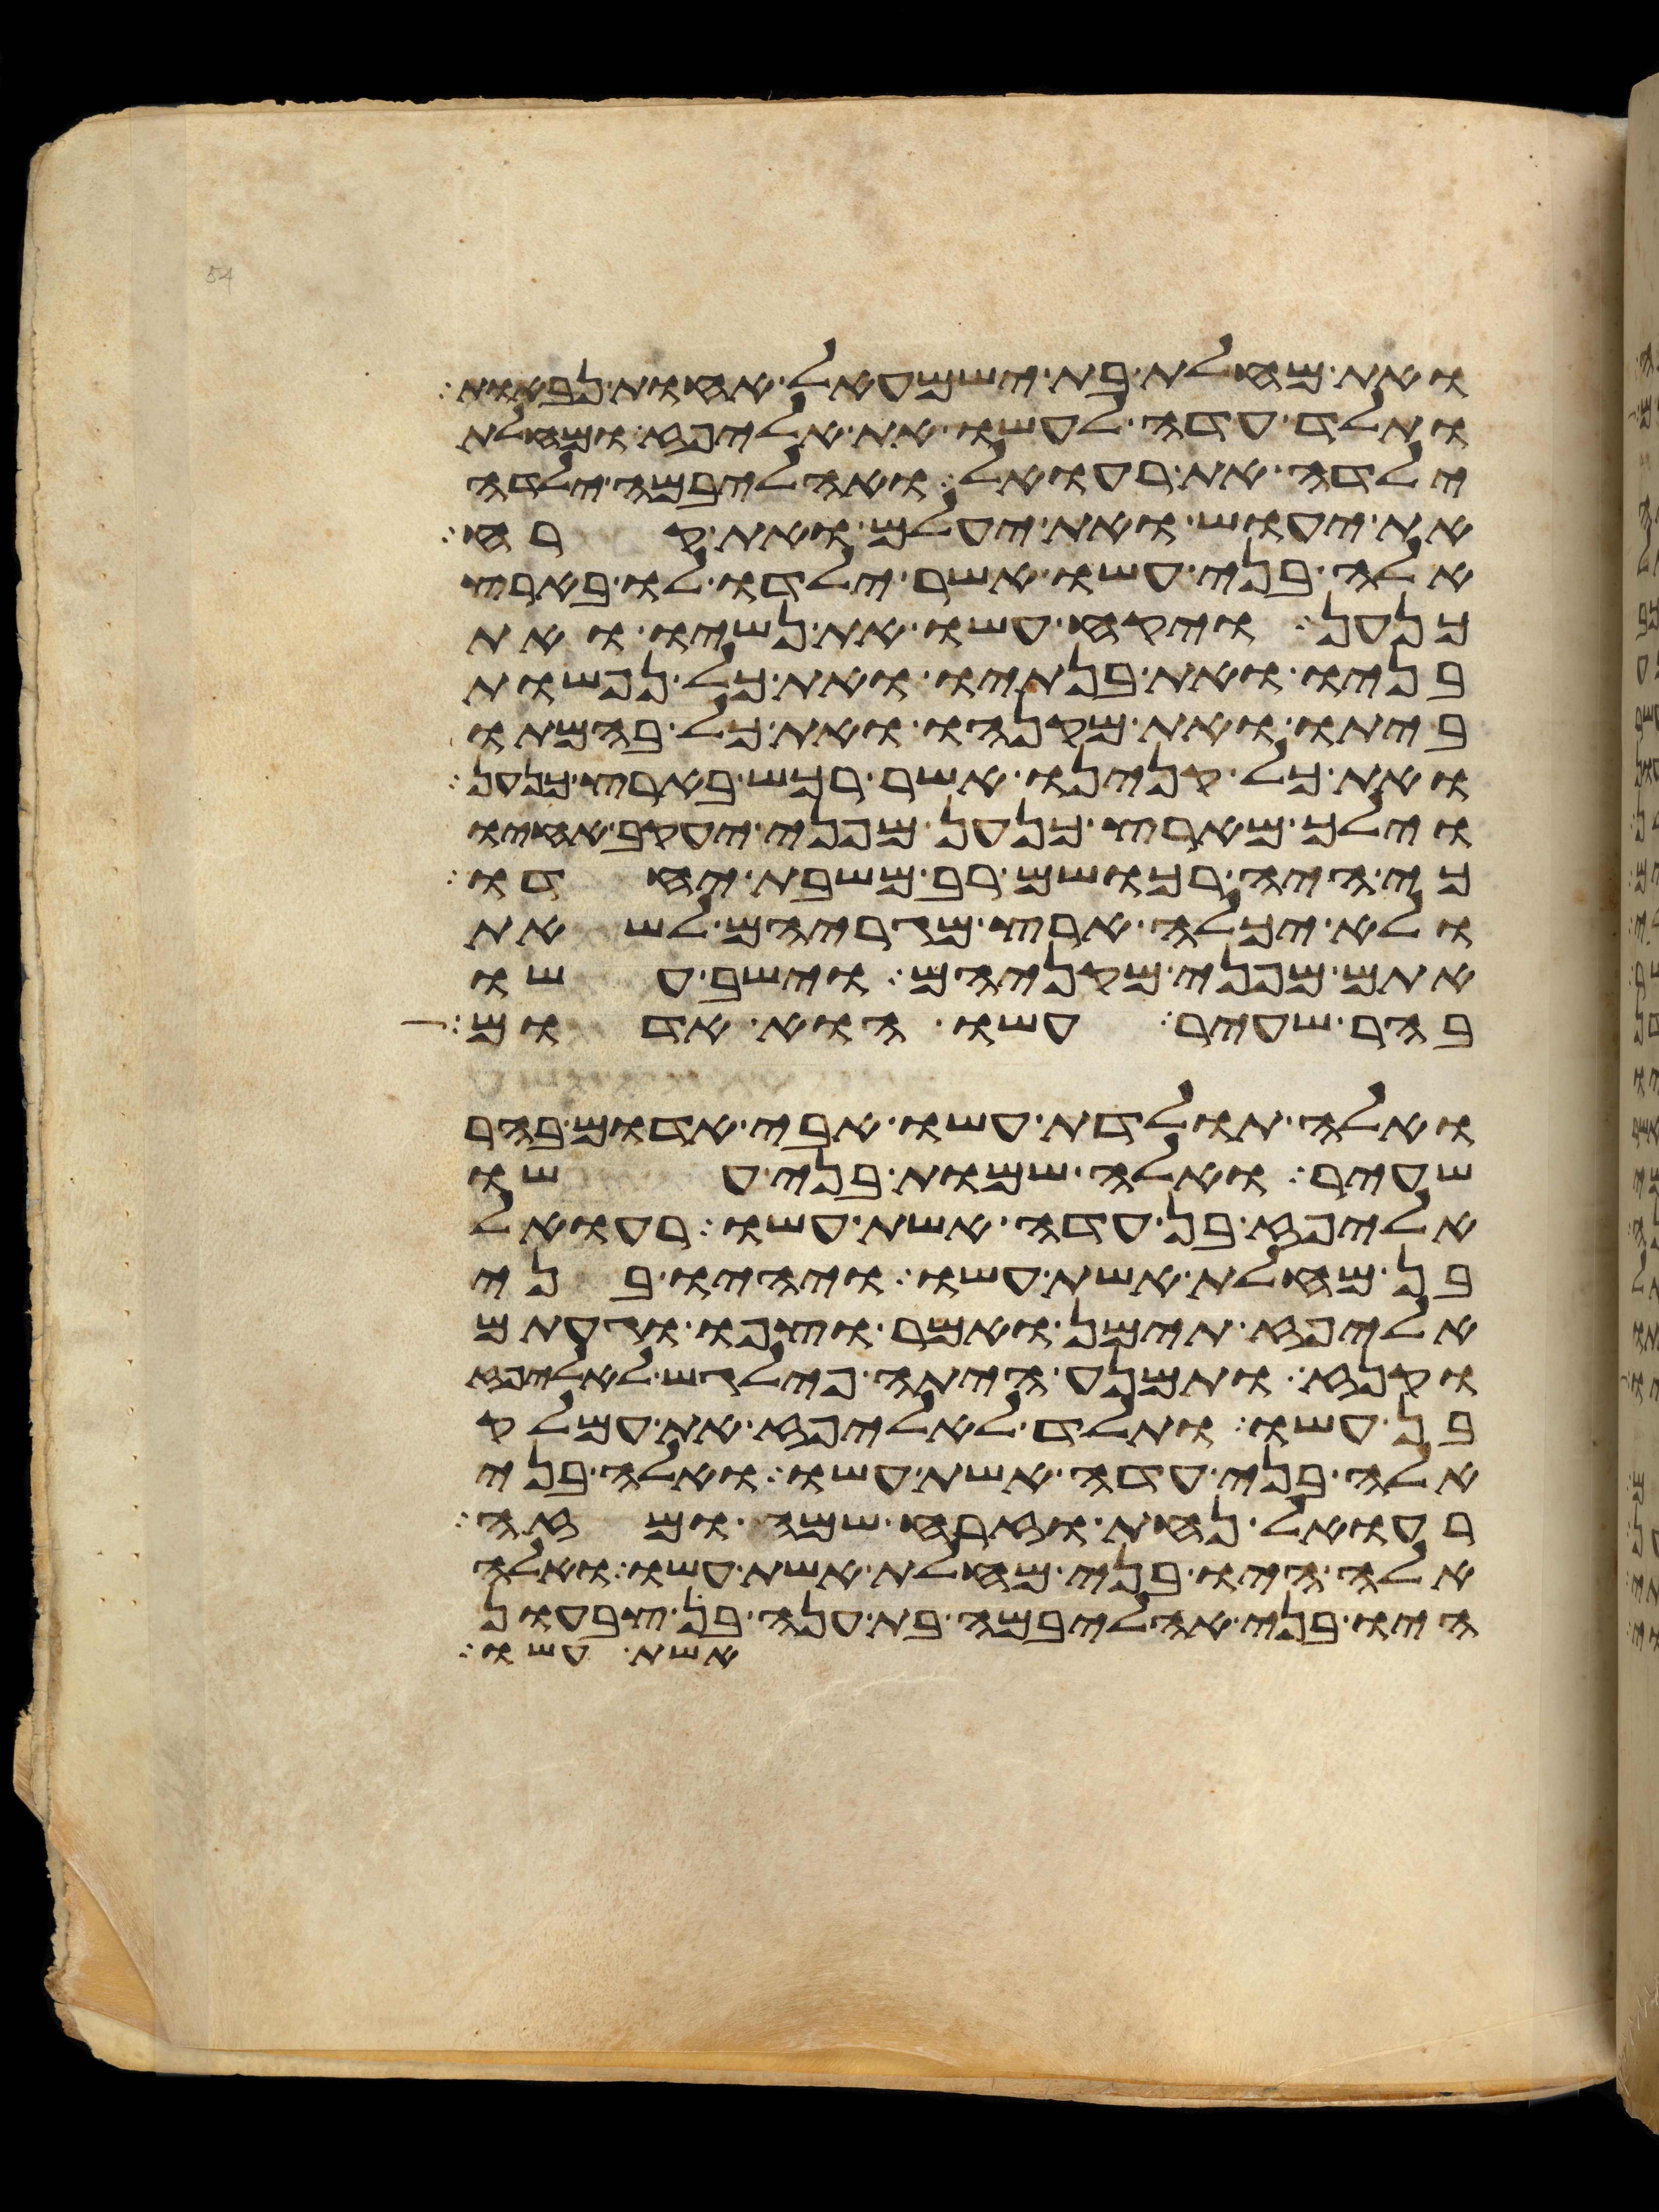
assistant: ואת מחלת בת ישמעאל אחות נבאות
ותלד עדה לעשו את אליפז ומחלת
ילדה את רעואל ואהליבמה ילדה
את יעוש ואת יעלם ואת קרח
אלה בני עשו אשר ילדו לו בארץ
כנען ויקח עשו את נשיו ואת
בניו ואת בנתיו ואת כל נפשות
ביתו ואת מקנהו ואת כל בהמתו
ואת כל קנינו אשר רכש בארץ כנען
וילך מארץ כנען מפני יעקב אחיו
כי היה רכושם רב משבת יחדו
ולא יכלה ארץ מגריהם לשאת
אתם מפני מקניהם וישב עשו
בהר שעיר עשו הוא אדום
ואלה תולדת עשו אבי אדום בהר
שעיר ואלה שמות בני עשו
אליפז בן עדה אשת עשו רעואל
בן מחלת אשת עשו ויהיו בני
אליפז תימן ואמר וצפו וגעתם
וקנז ותמנע היתה פילגש לאליפז
בן עשו ותלד לאליפז את עמלק
אלה בני עדה אשת עשו ואלה בני
רעואל נחת וזרח שמח ומזה
אלה היו בני מחלת אשת עשו ואלה
היו בני אהליבמה בת ענה בן צבעון
אשת עשו